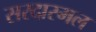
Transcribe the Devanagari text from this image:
सरदारमल